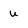
Character: u